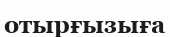
отырғызыға